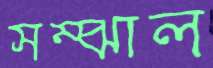
সম্‌ঝাল